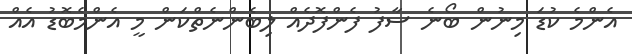
އެންމެ ކުޑަ މިނުން ބޯނެ ސާފު ފެންފޮދެއް ލިބެންނެތްކަން މީ އެންމެބޮޑު އެއް